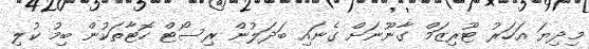
މިދިޔަ އަހަރު ޓޫރިޒަމް ގާނޫނަށް ގެނައި ބަދަލުން ރިސޯޓް ހޮޓާތަކުން ބިމު ކުލި